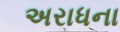
અરાધના